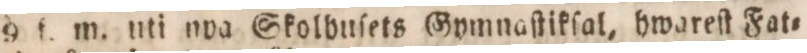
9 ſ. m. uti nva Skolbuſets Gymnaſtikſal, hwareſt Fat=